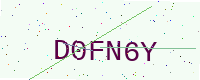
Text: D0FN6Y